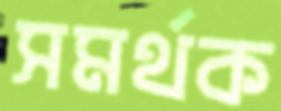
সমর্থক